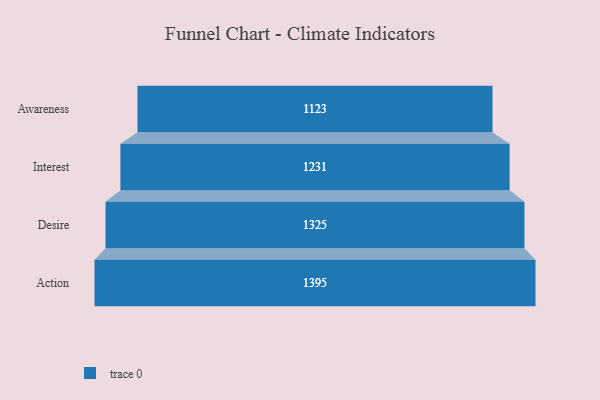
{"axis": {"x": "Stage", "y": "Value"}, "legend": [""], "data": [{"x": "Awareness", "y": 1123.0, "type": ""}, {"x": "Interest", "y": 1231.0, "type": ""}, {"x": "Desire", "y": 1325.0, "type": ""}, {"x": "Action", "y": 1395.0, "type": ""}]}